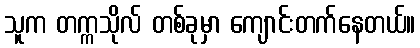
သူက တက္ကသိုလ် တစ်ခုမှာ ကျောင်းတက်နေတယ်။